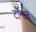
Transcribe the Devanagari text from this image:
टॉन्टन